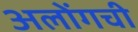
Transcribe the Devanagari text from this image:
अलोंगची